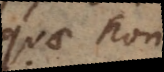
quae non